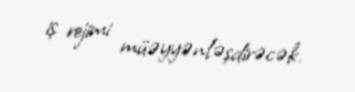
iş rejimi müəyyənləşdirəcək.